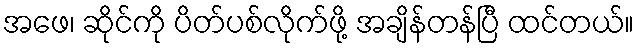
အဖေ၊ ဆိုင်ကို ပိတ်ပစ်လိုက်ဖို့ အချိန်တန်ပြီ ထင်တယ်။